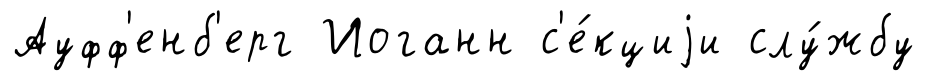
Ауфф'енб'ерг Иоганн с'е́кциjи слу́жбу